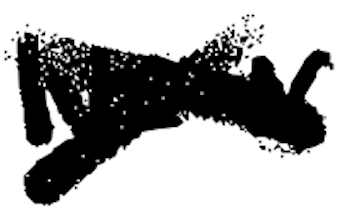
Text: New
Cross-out: cross
Writing tool: digital_black